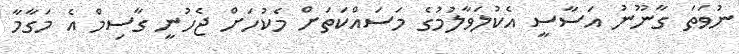
ނުވަތަ ގާނޫނު އަސާސީ އެކުލަވާލުމުގެ މަސައްކަތަށް މެކުހަށް ޖެހުނީ ގާސިމް އެ މަގާމާ